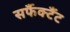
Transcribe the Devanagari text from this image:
सर्फैक्टैंट